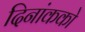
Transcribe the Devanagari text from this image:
दिनांकको